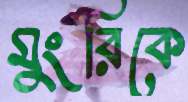
মুংরিকে